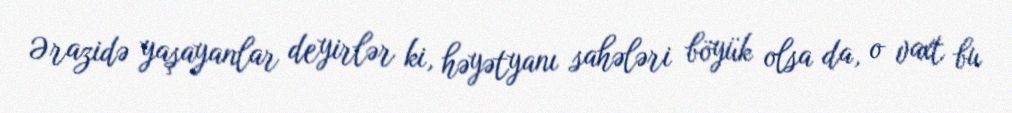
Ərazidə yaşayanlar deyirlər ki, həyətyanı sahələri böyük olsa da, o vaxt bu